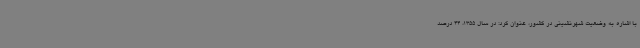
با اشاره به وضعیت شهرنشینی در کشور، عنوان کرد: در سال 1355، 44 درصد